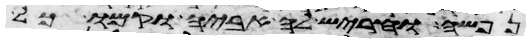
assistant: נפשה והחריש לה אביה וקמו כל